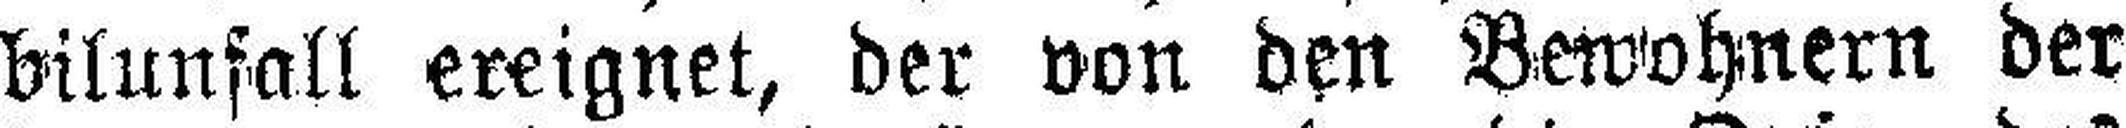
bilunfall ereignet, der von den Bewohnern der